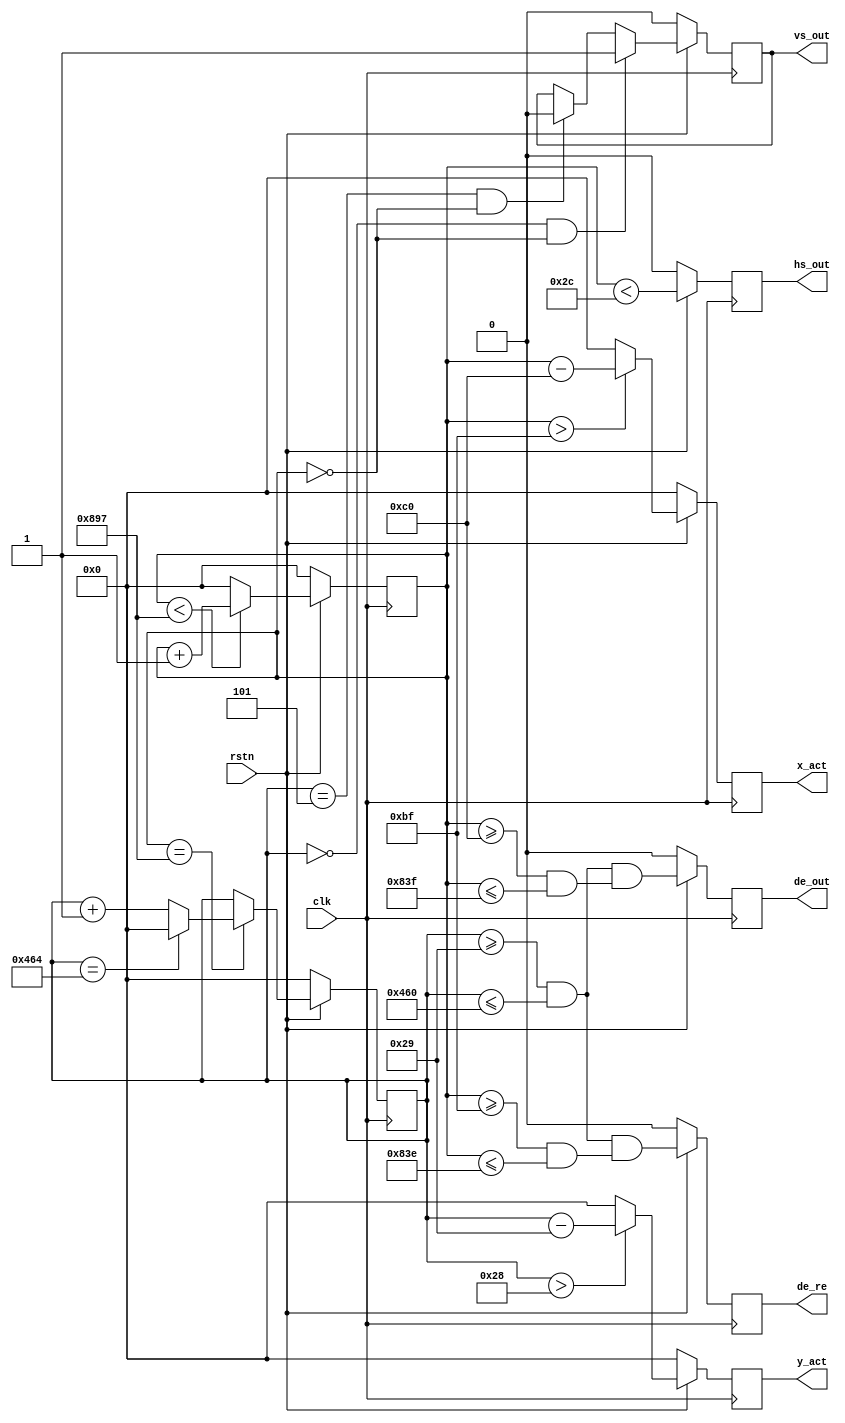
`timescale 1ns / 1ps
//****************************************Copyright (c)***********************************//
//
// Last modified Date   : 2023/05/19
// Created date         : 2023/05/19  
// Descriptions         :        
//
//****************************************************************************************//
`define UD #1
`define VIDEO_1920_1080
//`define VIDEO_1280_720

module vtc#(
    parameter                           X_BITS=12                  ,
    parameter                           Y_BITS=12                   
)(
    input                               clk                        ,
    input                               rstn                       ,
    output reg                          vs_out                     ,
    output reg                          hs_out                     ,
    output reg                          de_out                     ,
    output reg                          de_re                      ,
    output reg         [X_BITS-1:0]     x_act                      ,
    output reg         [Y_BITS-1:0]     y_act                       
);

`ifdef VIDEO_1920_1080
    parameter                           V_TOTAL = 12'd1125         ;
    parameter                           V_FP = 12'd4               ;
    parameter                           V_BP = 12'd36              ;
    parameter                           V_SYNC = 12'd5             ;
    parameter                           V_ACT = 12'd1080           ;

    parameter                           H_TOTAL = 12'd2200         ;
    parameter                           H_FP = 12'd88              ;
    parameter                           H_BP = 12'd148             ;
    parameter                           H_SYNC = 12'd44            ;
    parameter                           H_ACT = 12'd1920           ;
    parameter                           HV_OFFSET = 12'd0          ;
`endif

`ifdef VIDEO_1280_720
    parameter                           V_TOTAL = 12'd750          ;
    parameter                           V_FP = 12'd5               ;
    parameter                           V_BP = 12'd20              ;
    parameter                           V_SYNC = 12'd5             ;
    parameter                           V_ACT = 12'd72             ;

    parameter                           H_TOTAL = 12'd1650         ;
    parameter                           H_FP = 12'd110             ;
    parameter                           H_BP = 12'd220             ;
    parameter                           H_SYNC = 12'd40            ;
    parameter                           H_ACT = 12'd1280           ;
    parameter                           HV_OFFSET = 12'd0          ;
`endif

reg                    [X_BITS-1:0]     h_count                    ;
reg                    [Y_BITS-1:0]     v_count                    ;

/* horizontal counter */
always @(posedge clk)
begin
    if (!rstn)
        h_count <= `UD 0;
    else
    begin
        if (h_count < H_TOTAL - 1)
            h_count <= `UD h_count + 1;
        else
            h_count <= `UD 0;
    end
end

/* vertical counter */
always @(posedge clk)
begin
    if (!rstn)
        v_count <= `UD 0;
    else
    if (h_count == H_TOTAL - 1)
    begin
        if (v_count == V_TOTAL - 1)
            v_count <= `UD 0;
        else
            v_count <= `UD v_count + 1;
    end
end

always @(posedge clk)
begin
    if (!rstn)
        hs_out <= `UD 4'b0;
    else
        hs_out <= `UD ((h_count < H_SYNC));
end

always @(posedge clk)
begin
    if (!rstn)
        vs_out <= `UD 4'b0;
    else
    begin
        if ((v_count == 0) && (h_count == HV_OFFSET))
            vs_out <= `UD 1'b1;
        else if ((v_count == V_SYNC) && (h_count == HV_OFFSET))
            vs_out <= `UD 1'b0;
        else
            vs_out <= `UD vs_out;
    end
end

always @(posedge clk)
begin
    if (!rstn)
        de_out <= `UD 4'b0;
    else
        de_out <= (((v_count >= V_SYNC + V_BP) && (v_count <= V_TOTAL - V_FP - 1)) &&
                  ((h_count >= H_SYNC + H_BP) && (h_count <= H_TOTAL - H_FP - 1)));
end

always @(posedge clk)
begin
    if (!rstn)
        de_re <= `UD 4'b0;
    else
        de_re <= (((v_count >= V_SYNC + V_BP) && (v_count <= V_TOTAL - V_FP - 1)) &&
                  ((h_count >= H_SYNC + H_BP-2'd1) && (h_count <= H_TOTAL - H_FP - 2'd2)));
end
// active pixels counter output
always @(posedge clk)
begin
    if (!rstn)
        x_act <= `UD 'd0;
    else
    begin
    /* X coords C for a backend pattern generator */
        if(h_count > (H_SYNC + H_BP - 1'b1))
            x_act <= `UD (h_count - (H_SYNC + H_BP));
        else
            x_act <= `UD 'd0;
    end
end

always @(posedge clk)
begin
    if (!rstn)
        y_act <= `UD 'd0;
    else
    begin
        /* Y coords C for a backend pattern generator */
        if(v_count > (V_SYNC + V_BP - 1'b1))
            y_act <= `UD (v_count - (V_SYNC + V_BP));
        else
            y_act <= `UD 'd0;
    end
end
    
endmodule